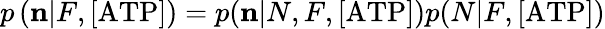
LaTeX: p\left({\mathbf n}|F,\mathrm{[ATP]})=p({\mathbf n}|N,F,\mathrm{[ATP]})p(N|F,\mathrm{[ATP]}\right)